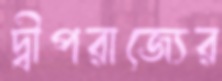
দ্বীপরাজ্যের